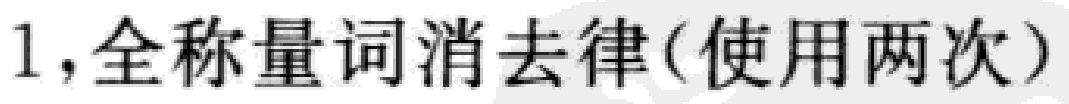
1,全称量词消去律(使用两次)